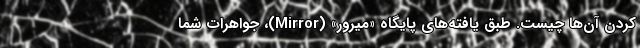
کردن آن‌ها چیست. طبق یافته‌های پایگاه «میرور» (Mirror)، جواهرات شما